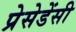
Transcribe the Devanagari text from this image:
प्रेसेडेंसी